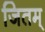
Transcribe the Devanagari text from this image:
जितम्